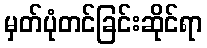
မှတ်ပုံတင်ခြင်းဆိုင်ရာ